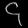
Digit: ၄